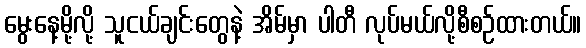
မွေးနေ့မို့လို့ သူငယ်ချင်းတွေနဲ့ အိမ်မှာ ပါတီ လုပ်မယ်လို့စီစဉ်ထားတယ်။